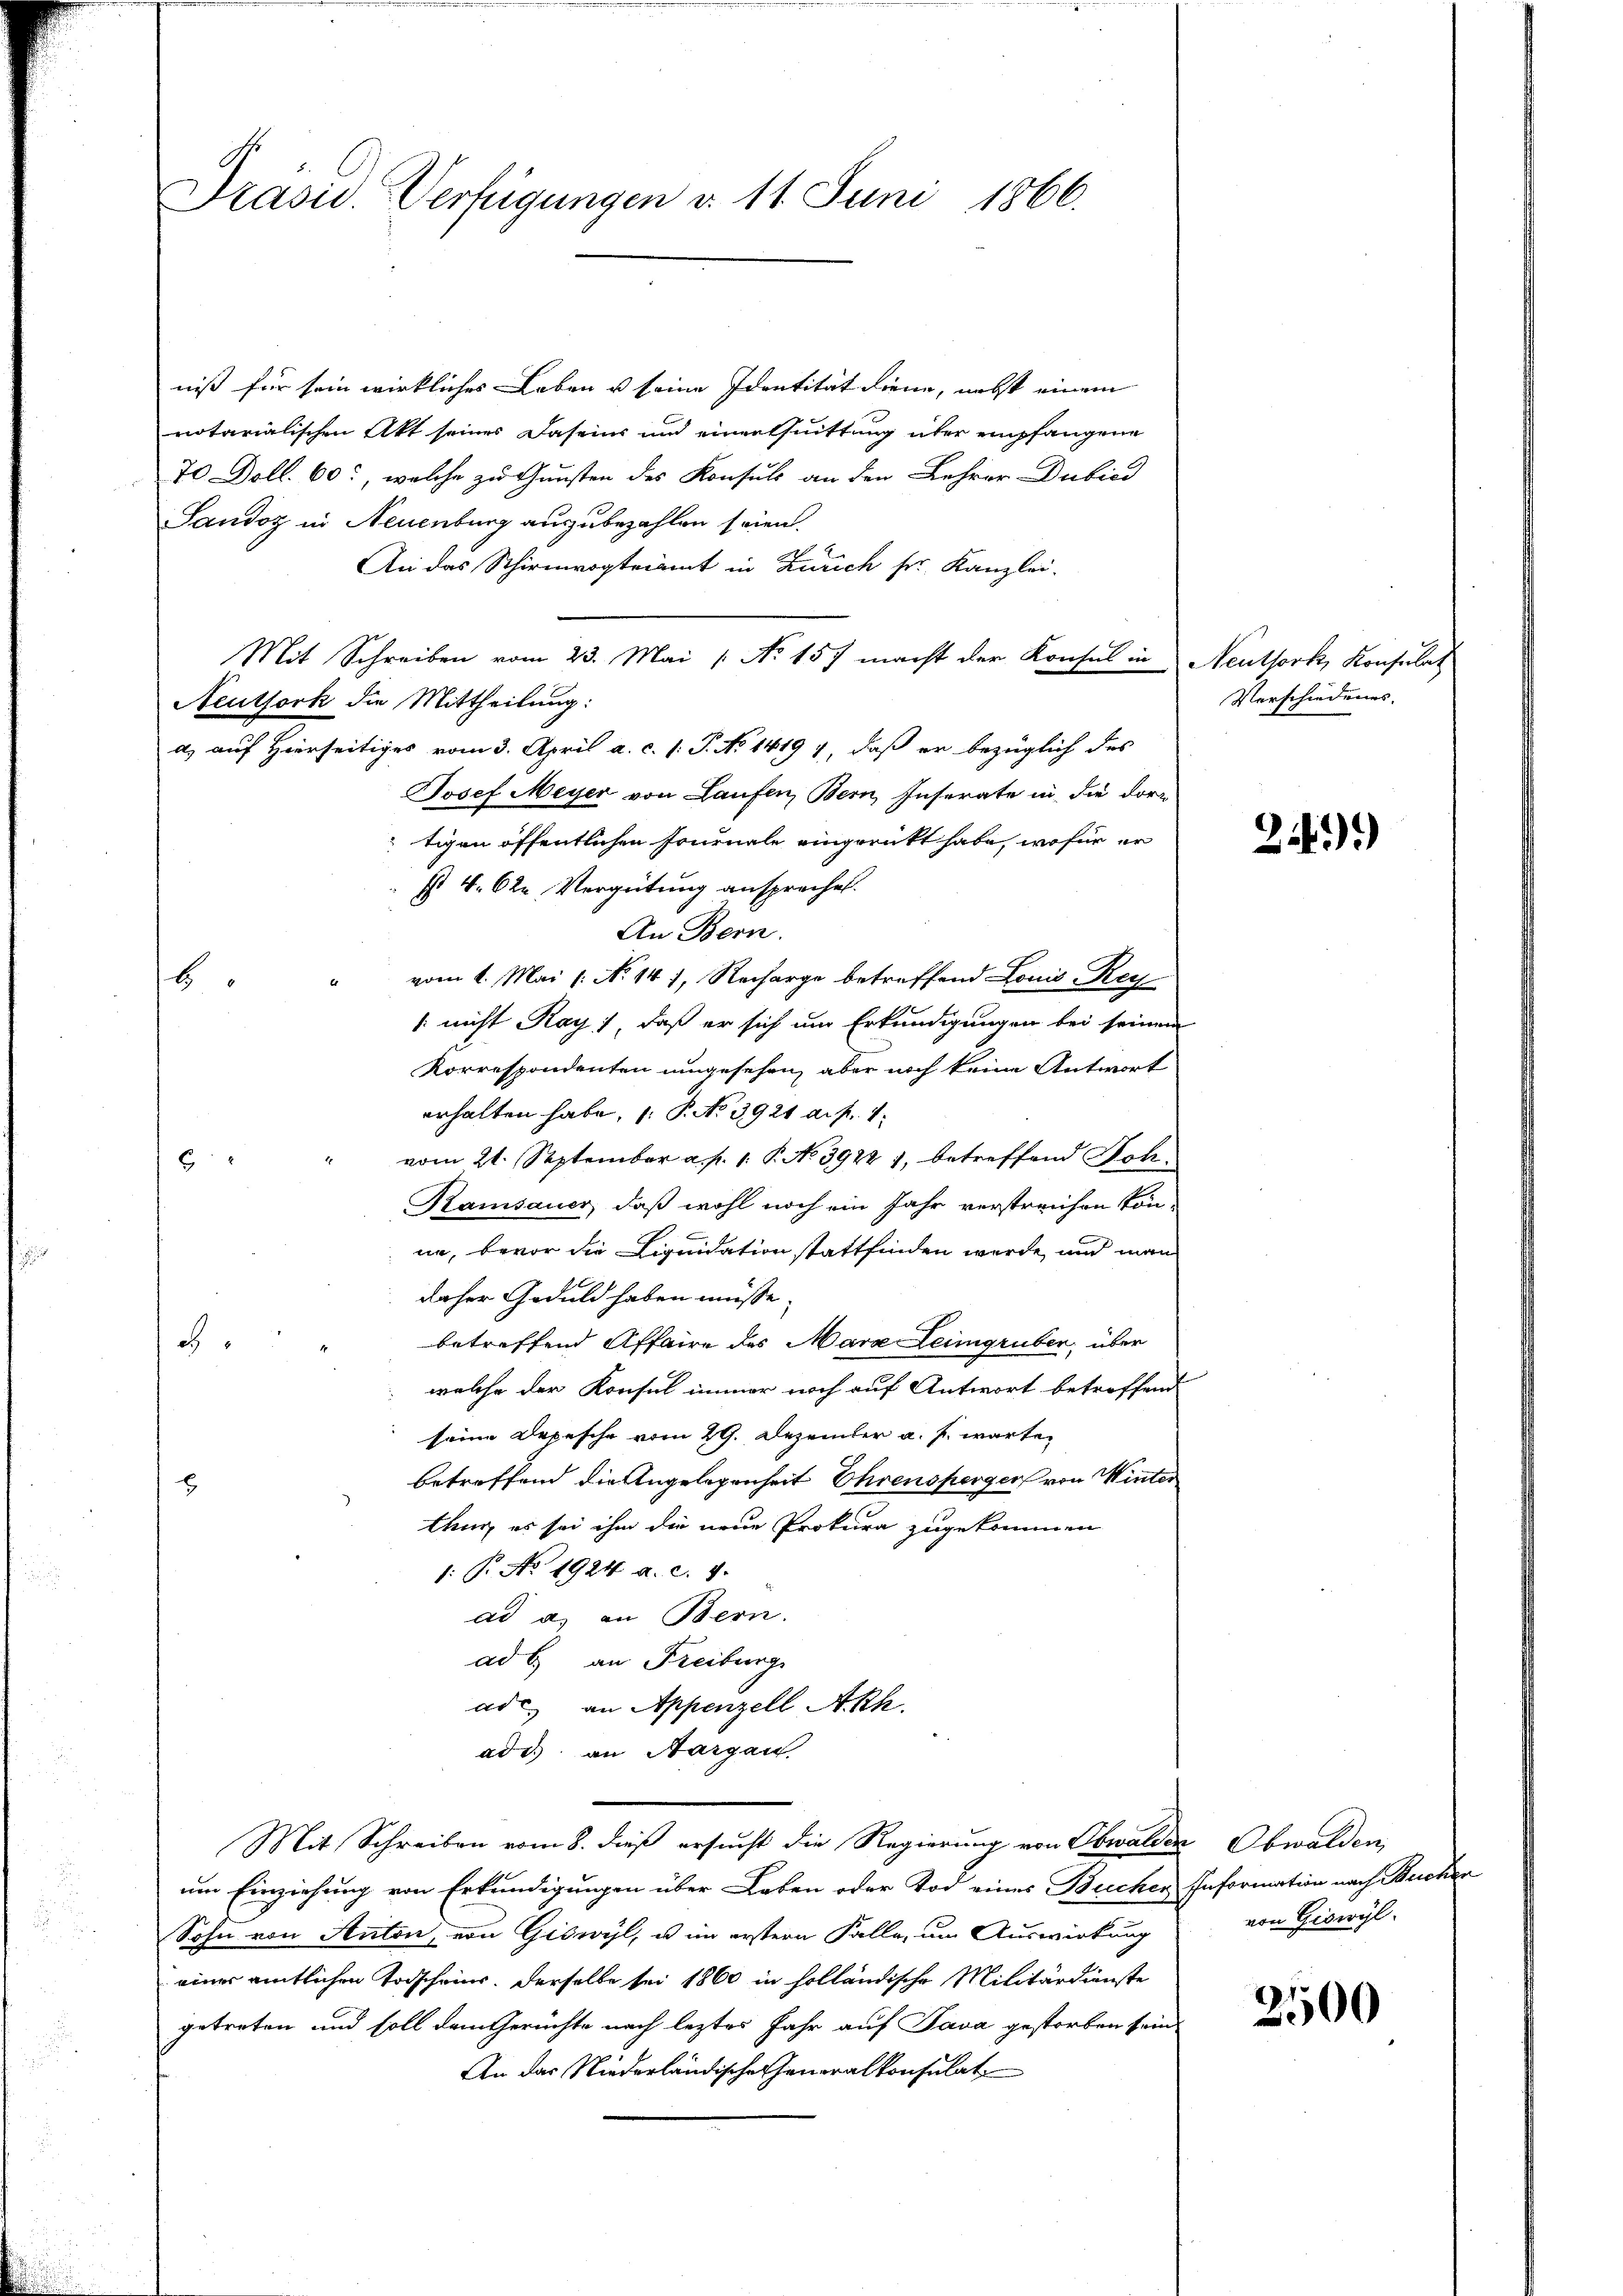
Präsid. Verfügungen d. 11. Juni 1866.

niß für sein wirkliches Leben u seine Identität diene, nebst einem
notarialischen Akt seines Daseins und einer suittung über empfangene
70 Doll. 60, welche zu Gunsten des Konsuls an den Lehrer Dubied
Sandoz in Neuenburg auszubezahlen seien.
An das Schirmvogteiamt in Zürich sr. Kanzlei-
Mit Schreiben vom 23. Mai / No 157 macht der Konsul in Neuthork, Konsulat
Neuthork die Mittheilung:
a) auf Hierseitiges vom 3. April a. c. 1: P. No 1419 4, daß er bezüglich des
Josef Meyer von Laufen, Bern, Inserate in die dortigen öffentlichen Journale eingerückt habe, wofür er
st 4. 62. Vergütung ansprechet.
An Bern.
" vom 1. Mai l. No 141, Recharge betreffend Louis Rey
6
/ nicht Rays, daß er sich um Erkundigungen bei seinem
Korrespondenten umgesehen, aber noch keine Antwort
erhalten habe, 1. P. No 3921 a. f. 1
" vom 21. September a. p. 1. P. No 3922 1, betreffend Soh¬
6
Ramsauer, daß wohl noch ein Jahr verstreichen könne, bevor die Liquidation stattfinden werde, und man
daher Geduld haben müsse.
betreffend Affaire des Mara Leingruben, über
c
welche der Konsul immer noch auf Antwort betreffend
seine Depesche vom 29. Dezember a. f. warten
betreffend die Angelegenheit Ehrensperger von Winter
tung es sei ihm die neue Prokura zugekommen
1: P. No. 1924 a. c. 4.
ad a. an Bern.
ad b. an Freiburg,
ade an Appenzell A.Rh.
ade an Aargau.
Mit Schreiben vom 8. dieß ersucht die Regierung von Obwalden Obwalden,
um Einziehung von Erkundigungen über Leben oder Tod eines Bucher Information nach Becken
Sohn von Anton, von Giswyl, u im erstern Falle, um Auswirkung
einer amtlichen Todscheins. Derselbe sei 1860 in holländische Militärdienste
getreten und soll dem Gerüchte nach leztes Jahr auf Java gestorben sein
An das Niederländische Generalkonsulat

Verschiedenes.

241)

von Giswyl

2500